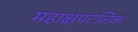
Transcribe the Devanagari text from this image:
महाक्षपटलिक